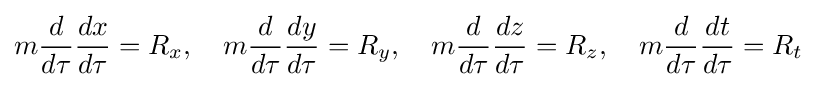
m{\frac {d}{d\tau }}{\frac {dx}{d\tau }}=R_{x},\quad m{\frac {d}{d\tau }}{\frac {dy}{d\tau }}=R_{y},\quad m{\frac {d}{d\tau }}{\frac {dz}{d\tau }}=R_{z},\quad m{\frac {d}{d\tau }}{\frac {dt}{d\tau }}=R_{t}